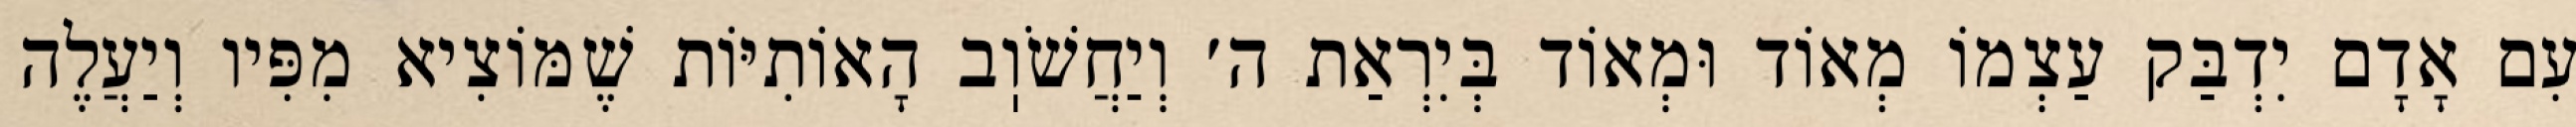
עִם אָדָם יִדְבַּק עַצְמוֹ מְאוֹד וּמְאוֹד בְּיִרְאַת ה׳ וְיַחֲשֹׁוֽב הָאוֹתִיּוֹת שֶׁמּוֹצִיא מִפִּיו וְיַעֲלֶה